Leprosy in India: report of the Leprosy Commission in India, 1890-91
Year: 1890
Disease focus: Leprosy
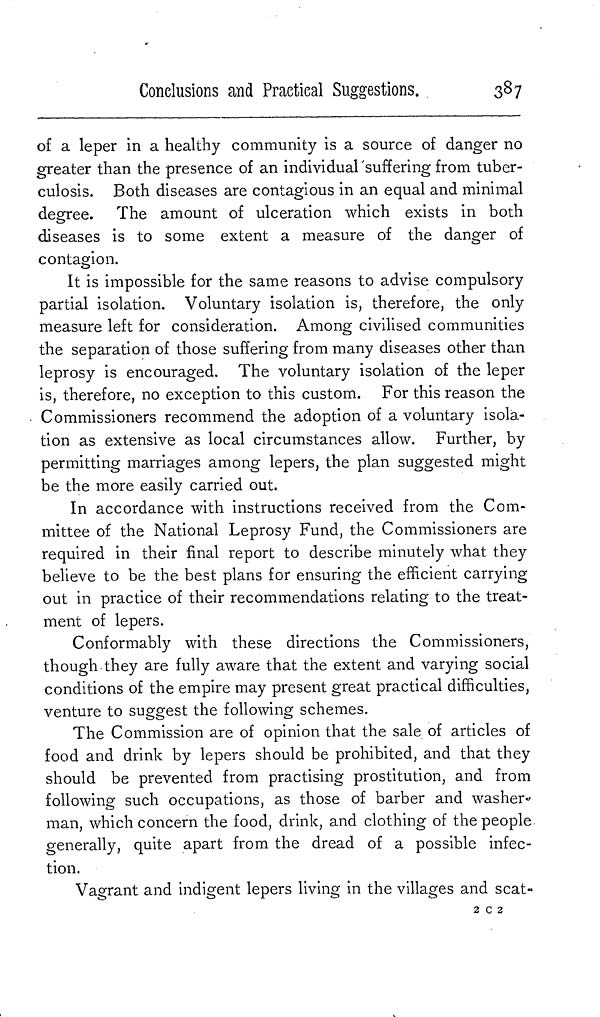
Conclusions and Practical Suggestions.
387
of a leper in a healthy community is a source of danger no
greater than the presence of an individual suffering from tuber-
culosis. Both diseases are contagious in an equal and minimal
degree. The amount of ulceration which exists in both
diseases is to some extent a measure of the danger of
contagion.
It is impossible for the same reasons to advise compulsory
partial isolation. Voluntary isolation is, therefore, the only
measure left for consideration. Among civilised communities
the separation of those suffering from many diseases other than
leprosy is encouraged. The voluntary isolation of the leper
is, therefore, no exception to this custom. For this reason the
Commissioners recommend the adoption of a voluntary isola-
tion as extensive as local circumstances allow. Further, by
permitting marriages among lepers, the plan suggested might
be the more easily carried out.
In accordance with instructions received from the Com-
mittee of the National Leprosy Fund, the Commissioners are
required in their final report to describe minutely what they
believe to be the best plans for ensuring the efficient carrying
out in practice of their recommendations relating to the treat-
ment of lepers.
Conformably with these directions the Commissioners,
though they are fully aware that the extent and varying social
conditions of the empire may present great practical difficulties,
venture to suggest the following schemes.
The Commission are of opinion that the sale of articles of
food and drink by lepers should be prohibited, and that they
should be prevented from practising prostitution, and from
following such occupations, as those of barber and washer
man, which concern the food, drink, and clothing of the people
generally, quite apart from the dread of a possible infec-
tion.
Vagrant and indigent lepers living in the villages and scat-
2 c 2